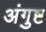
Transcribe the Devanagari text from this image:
अंगुष्ट